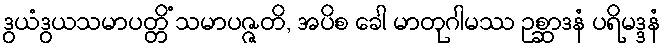
ဒွယံဒွယသမာပတ္တိံ သမာပဇ္ဇတိ, အပိစ ခေါ မာတုဂါမဿ ဥစ္ဆာဒနံ ပရိမဒ္ဒနံ